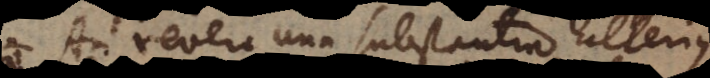
An revera una substantia alterius